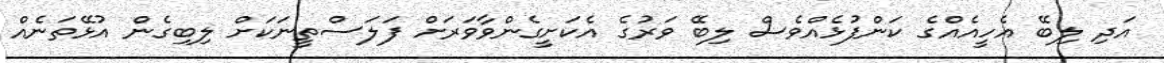
އަދި ލިބޭ އެހީއެއްގެ ކަންފުޅެއްވެސް ލިބޭ ވަރުގެ އެކަށީގެންވާވަރަށް ފަލަސްތީނަކަށް ލިބިގެން އުޅޭތަނެއް